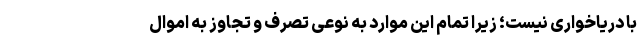
با دریاخواری نیست؛ زیرا تمام این موارد به نوعی تصرف و تجاوز به اموال